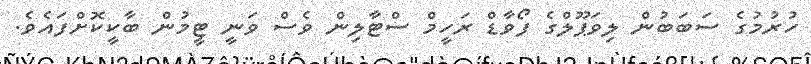
ހުރުމުގެ ސަބަބުން ލިވަޕޫލްގެ ފޯވާޑް ރަހީމް ސްޓާލިން ވެސް ވަނީ ޓީމުން ބާކީކޮށްފައެވެ.